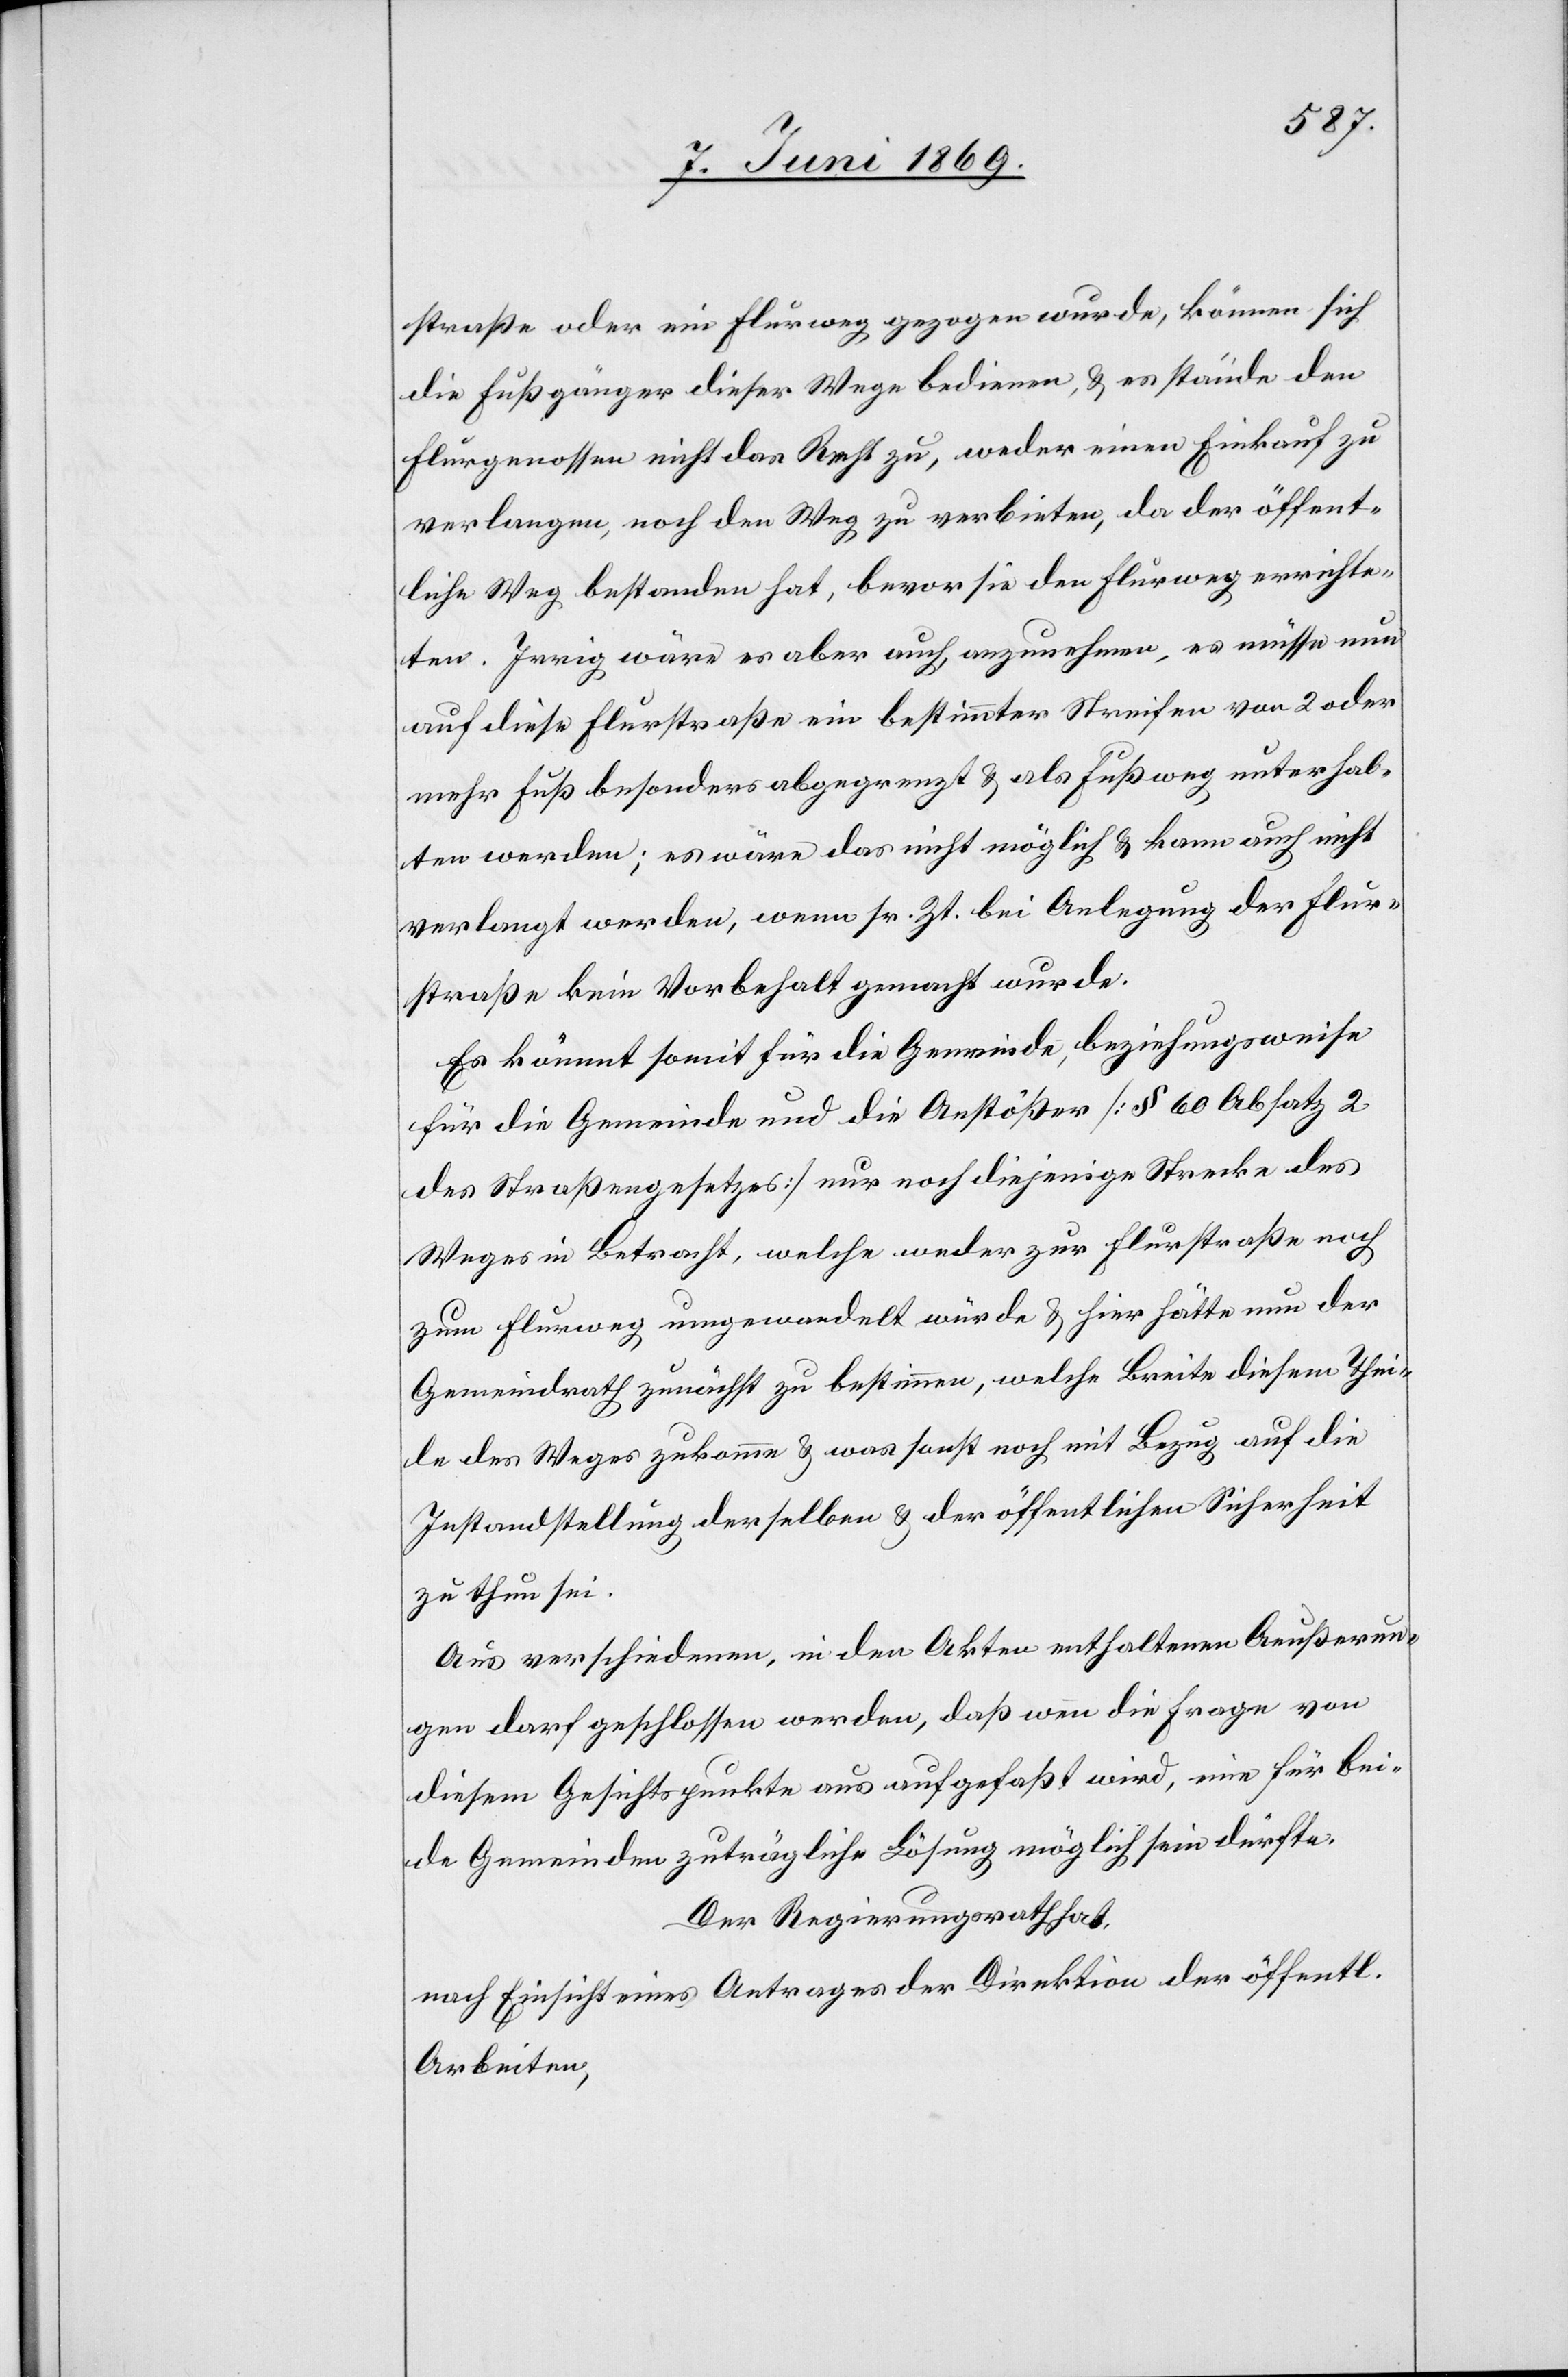
straße oder ein Flurweg gezogen wurde, können sich
die Fußgänger dieser Wege bedienen, u. es stände den
Flurgenossen nicht das Recht zu, weder einen Einkauf zu
verlangen, noch den Weg zu verbieten, da der öffent¬
liche Weg bestanden hat, bevor sie den Flurweg errichte¬
ten. Irrig wäre es aber auch, anzunehmen, es müsse nun
auf diese Flurstraße ein bestimmter Streifen von 2 oder
mehr Fuß besonders abgegrenzt u. als Fußweg unterhal¬
ten werden; es wäre das nicht möglich u. kann auch nicht
verlangt werden, wenn sr. Zt. bei Anlegung der Flur¬
straße kein Vorbehalt gemacht wurde.
Es kömmt somit für die Gemeinde, beziehungsweise
für die Gemeinde und die Anstößer [§ 60 Absatz 2
des Straßengesetzes] nur noch diejenige Strecke des
Weges in Betracht, welche weder zur Flurstraße noch
zum Flurweg umgewandelt würde, welche Breite diesem The¬
ile des Weges zukomme u. was sonst noch mit Bezug auf die
Instandstellung derselben u. der öffentlichen Sicherheit
zu thun sei.
Aus verschiedenen, in den Akten enthaltenen Aeußerun¬
gen darf geschlossen werden, daß wenn die Frage von
diesem Gesichtspunkte aus aufgefaßt wird, eine für bei¬
de Gemeinden zuträgliche Lösung möglich sein dürfte.
Der Regierungsrath hat,
nach Einsicht eines Antrages der Direktion der öff.
Arbeiten,